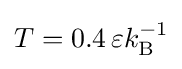
T=0.4\,\varepsilon k_{\mathrm {B} }^{-1}